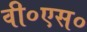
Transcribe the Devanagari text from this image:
वी०एस०